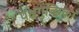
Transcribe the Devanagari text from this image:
पश्चगुच्छिका